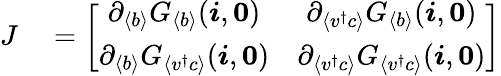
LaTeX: \begin{array}{rl}{J}&{{}=\left[\begin{array}{cc}{\partial_{\langle b\rangle}G_{\langle b\rangle}({\boldsymbol{i}},\boldsymbol{0})}&{\partial_{\langle v^{\dagger}c\rangle}G_{\langle b\rangle}({\boldsymbol{i}},\boldsymbol{0})}\\ {\partial_{\langle b\rangle}G_{\langle v^{\dagger}c\rangle}({\boldsymbol{i}},\boldsymbol{0})}&{\partial_{\langle v^{\dagger}c\rangle}G_{\langle v^{\dagger}c\rangle}({\boldsymbol{i}},\boldsymbol{0})}\end{array}\right]}\end{array}